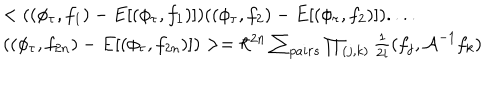
\begin{array} { l } { { < ( ( \phi _ { \tau } , f _ { 1 } ) - E [ ( \phi _ { \tau } , f _ { 1 } ) ] ) ( ( \phi _ { \tau } , f _ { 2 } ) - E [ ( \phi _ { \tau } , f _ { 2 } ) ] ) . . . . } } \\ { { ( ( \phi _ { \tau } , f _ { 2 n } ) - E [ ( \phi _ { \tau } , f _ { 2 n } ) ] ) > = \hbar ^ { 2 n } \sum _ { p a i r s } \prod _ { ( j , k ) } \frac { 1 } { 2 i } ( f _ { j } , { \cal A } ^ { - 1 } f _ { k } ) } } \\ \end{array}